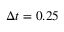
\Delta t = 0 . 2 5